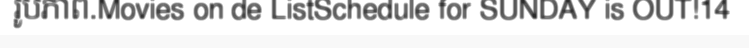
រូបភាព.Movies on de ListSchedule for SUNDAY is OUT!14